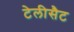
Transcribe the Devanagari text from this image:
टेलीसैट